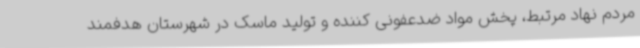
مردم نهاد مرتبط، پخش مواد ضدعفونی کننده و تولید ماسک در شهرستان هدفمند